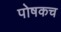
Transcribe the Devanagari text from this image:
पोषकच